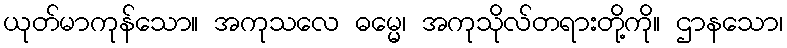
ယုတ်မာကုန်သော။ အကုသလေ ဓမ္မေ၊ အကုသိုလ်တရားတို့ကို။ ဌာနသော၊